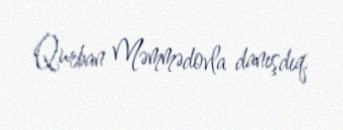
Qurban Məmmədovla danışdıq.